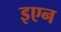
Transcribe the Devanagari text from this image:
इएन